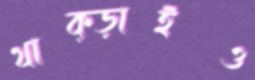
থাক্‌ড়াইও